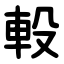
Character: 軗